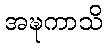
အဍ္ဎကာသိ